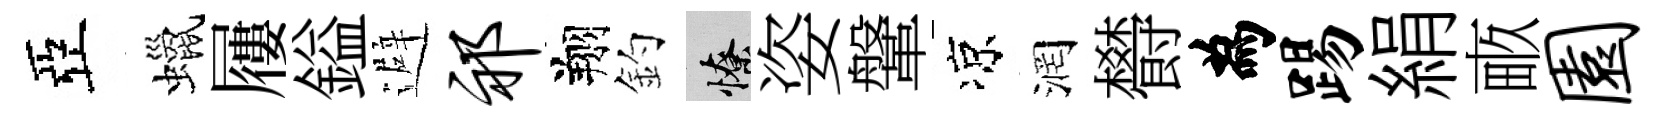
亞蠟屨鎰避祁翔釣憭姿鞶凉润欎為踢絹畞园